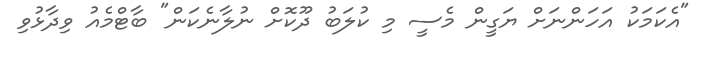
"އެކަމަކު އަހަންނަށް ޔަގީން މެސީ މި ކުލަބު ދޫކޮށް ނުލާނެކަން" ބާޓްމެއު ވިދާޅުވި